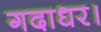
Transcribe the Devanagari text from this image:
गदाधर।